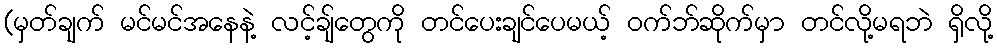
(မှတ်ချက် မင်မင်အနေနဲ့ လင့်ချ်တွေကို တင်ပေးချင်ပေမယ့် ဝက်ဘ်ဆိုက်မှာ တင်လို့မရဘဲ ရှိလို့